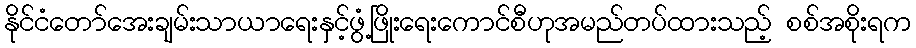
နိုင်ငံတော်အေးချမ်းသာယာရေးနှင့်ဖွံ့ဖြိုးရေးကောင်စီဟုအမည်တပ်ထားသည့် စစ်အစိုးရက